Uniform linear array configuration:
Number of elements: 32
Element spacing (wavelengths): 0.75
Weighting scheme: hann
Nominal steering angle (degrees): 30
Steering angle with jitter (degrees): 31.261
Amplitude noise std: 0.05
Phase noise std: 0.05

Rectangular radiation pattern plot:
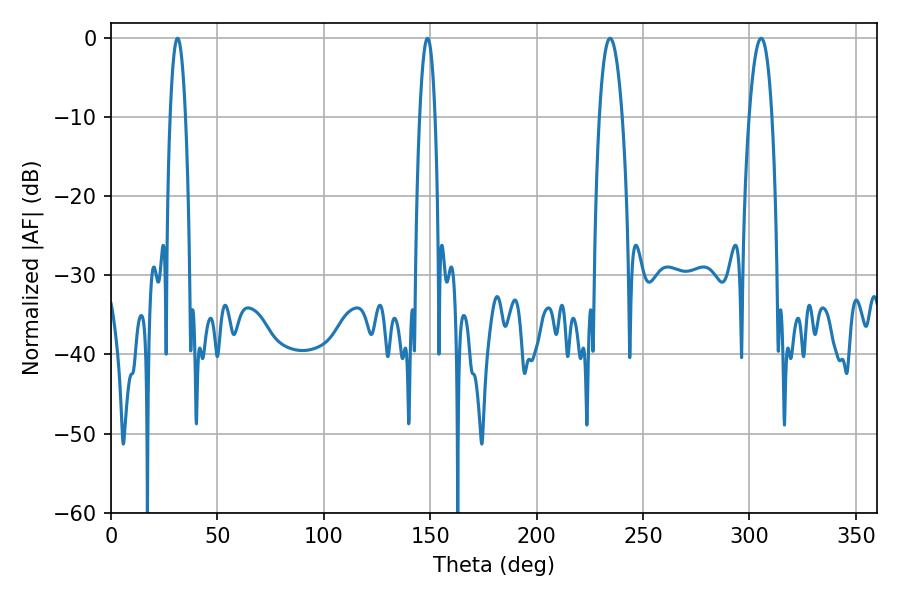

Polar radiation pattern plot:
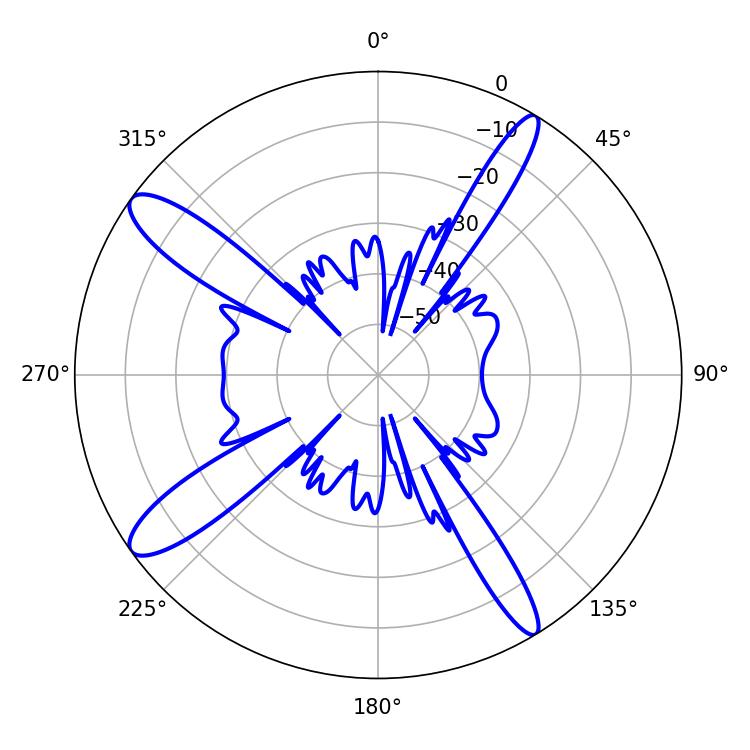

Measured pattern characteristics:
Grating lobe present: TRUE
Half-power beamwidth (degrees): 5.94
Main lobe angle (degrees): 305.46